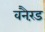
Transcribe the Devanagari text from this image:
वनैरंड